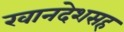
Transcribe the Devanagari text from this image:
खानदेशसह